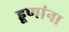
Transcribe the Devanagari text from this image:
हूणांना